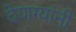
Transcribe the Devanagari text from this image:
देणग्यांनी